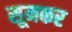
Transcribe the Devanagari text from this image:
सूनकर